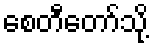
စေတီတော်သို့